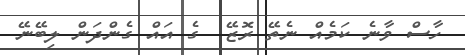
ހާސް ވާނެ ކަމެއް ނެތޭ ރޮޒޭ  ގެ އައް ގެންދަން ލިބޭނޭ